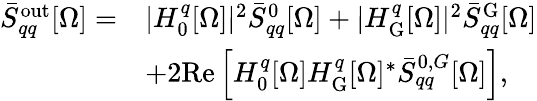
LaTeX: \begin{array}{rl}{\bar{S}_{qq}^{\mathrm{out}}[\Omega]=}&{|H_{0}^{q}[\Omega]|^{2}\bar{S}_{qq}^{0}[\Omega]+|H_{\mathrm{G}}^{q}[\Omega]|^{2}\bar{S}_{qq}^{\mathrm{G}}[\Omega]}\\ &{+2\mathrm{Re}\left[H_{0}^{q}[\Omega]H_{\mathrm{G}}^{q}[\Omega]^{*}\bar{S}_{qq}^{0,G}[\Omega]\right],}\end{array}